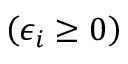
\left( \epsilon _ { i } \ge 0 \right)